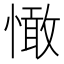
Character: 㦑